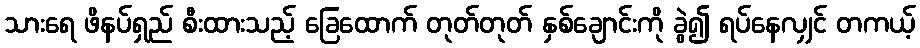
သားရေ ဖိနပ်ရှည် စီးထားသည့် ခြေထောက် တုတ်တုတ် နှစ်ချောင်းကို ခွဲ၍ ရပ်နေလျှင် တကယ့်